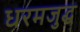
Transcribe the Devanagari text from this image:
धरमजुद्ध